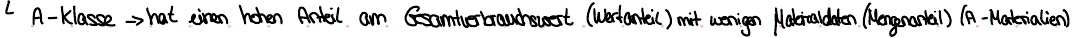
A-Klasse -> het einen hohen Anteil am Gesamtverbrauchswert (Wertanteil) mit wenigen Materialdaten (Mengenanteil) (A-Materialien)